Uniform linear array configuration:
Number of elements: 16
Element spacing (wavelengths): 0.25
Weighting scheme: hann
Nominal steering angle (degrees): -30
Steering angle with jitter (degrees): -31.73
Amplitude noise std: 0.05
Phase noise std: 0.05

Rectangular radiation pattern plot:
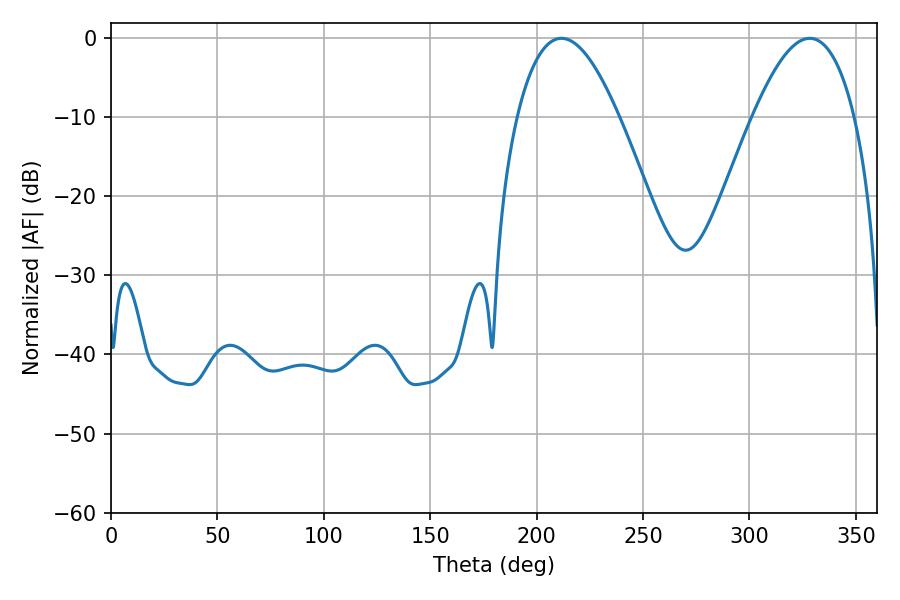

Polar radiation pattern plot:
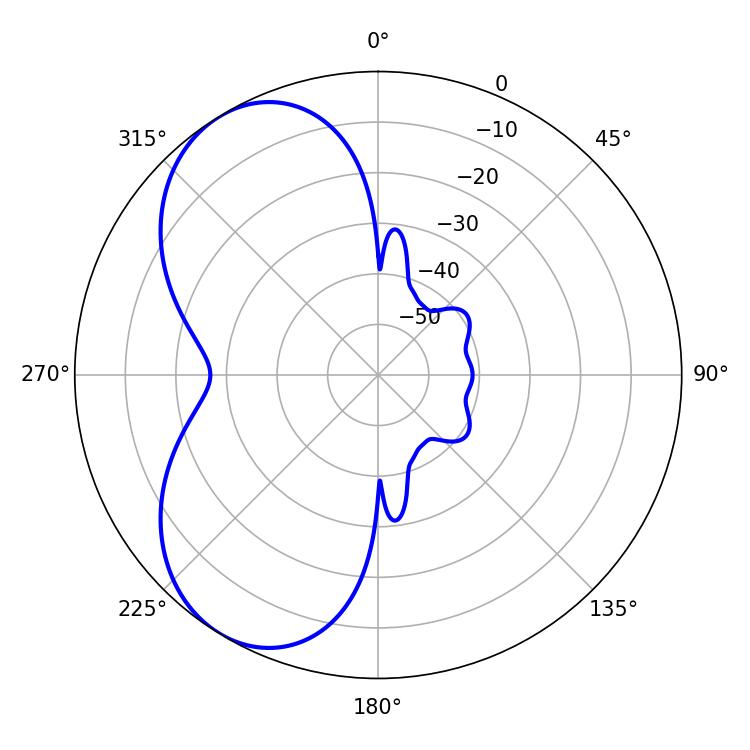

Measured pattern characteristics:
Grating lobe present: FALSE
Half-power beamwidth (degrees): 26.28
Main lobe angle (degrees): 328.32